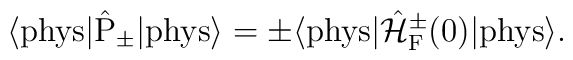
\langle {\rm phys}| \hat{\rm P}_{\pm}|{\rm phys} \rangle =\pm \langle {\rm phys}| \hat{\cal H}_{\rm F}^{\pm}(0)|{\rm phys} \rangle .